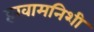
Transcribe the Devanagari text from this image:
हखामनिशी